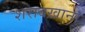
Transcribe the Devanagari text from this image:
शराबख़ाना